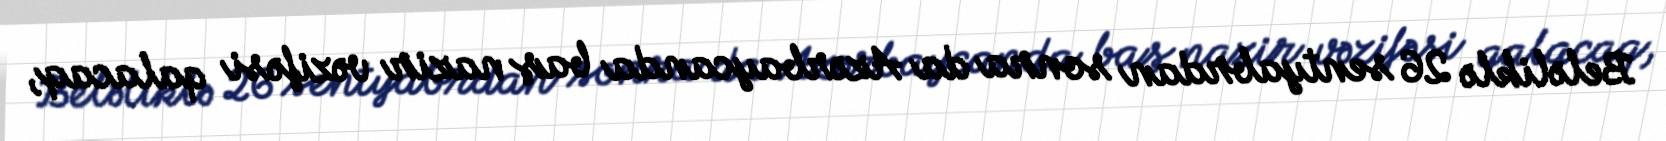
Beləliklə 26 sentyabrdan sonra da Azərbaycanda baş nazir vəzifəsi qalacaq,